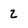
Character: 2